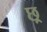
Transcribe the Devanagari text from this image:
छ्र